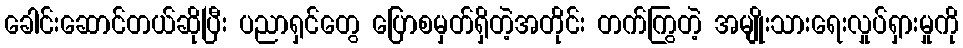
ခေါင်းဆောင်တယ်ဆိုပြီး ပညာရှင်တွေ ပြောစမှတ်ရှိတဲ့အတိုင်း တက်ကြွတဲ့ အမျိုးသားရေးလှုပ်ရှားမှုကို